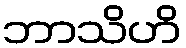
ဘာသိဟိ